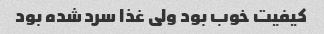
کیفیت خوب بود ولی غذا سرد شده بود